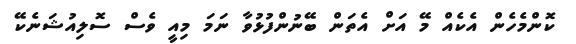
ކޮންމެހެން އެކެއް މޭ އަށް އެތަން ބޭނުންފުޅުވާ ނަމަ މިއީ ވެސް ސޮލިއުޝަނެކޭ